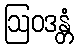
ဩဝဒန္တံ